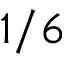
1 / 6